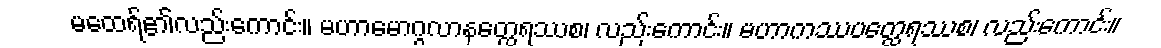
မထေရ်၏လည်းကောင်း။ မဟာမောဂ္ဂလာနတ္ထေရဿစ၊ လည်းကောင်း။ မဟာကဿပတ္ထေရဿစ၊ လည်းကောင်း။